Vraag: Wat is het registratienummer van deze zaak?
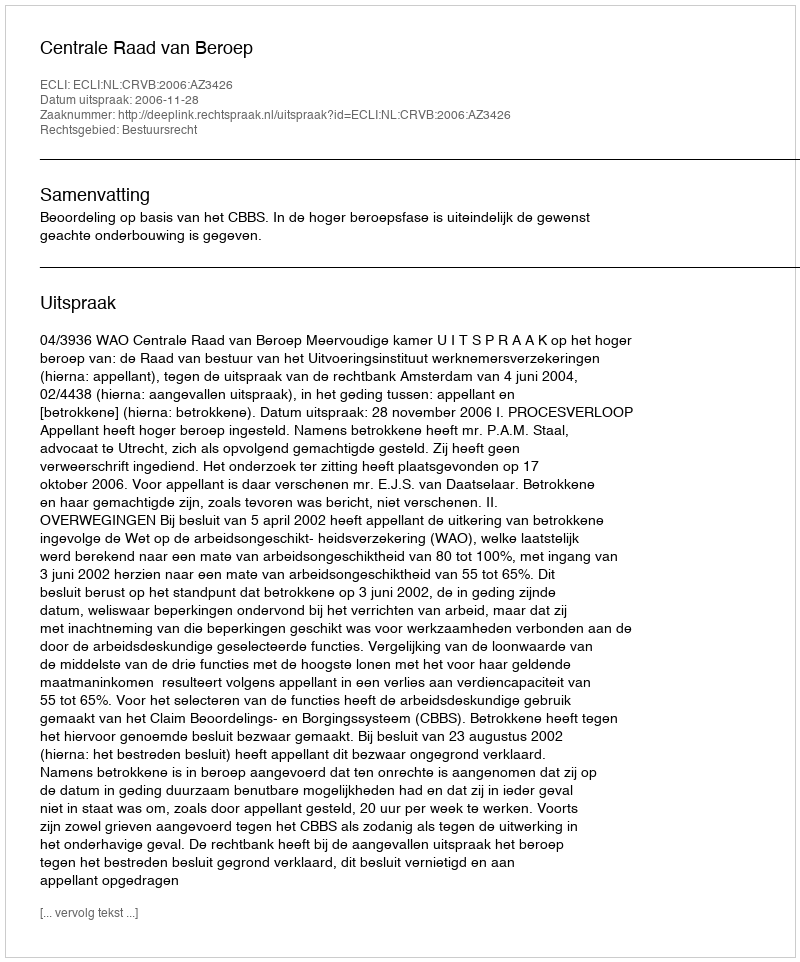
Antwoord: http://deeplink.rechtspraak.nl/uitspraak?id=ECLI:NL:CRVB:2006:AZ3426